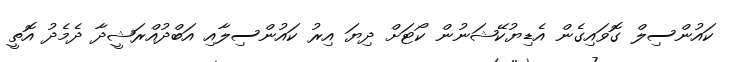
ކައުންސިލް ގޮވައިގެން އެޑިޔުކޭޝަނުން ކޯޓަށް ދިޔަ އިރު ކައުންސިލާއި އަބްދުއްރަޝީދާ ދެމެދު އޮތީ